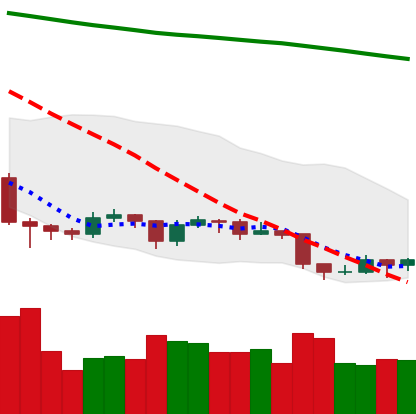
Ticker: EOS-USD
Chart end date: 2019-09-02
Forward return: 7.517%
Label: up_7plus